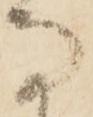
な